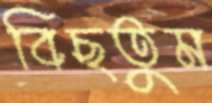
বিছতুম